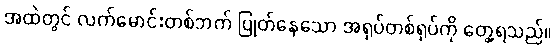
အထဲတွင် လက်မောင်းတစ်ဘက် ပြုတ်နေသော အရုပ်တစ်ရုပ်ကို တွေ့ရသည်။